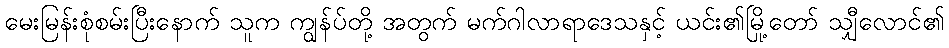
မေးမြန်းစုံစမ်းပြီးနောက် သူက ကျွန်ပ်တို့ အတွက် မက်ဂါလာရာဒေသနှင့် ယင်း၏မြို့တော် သျှီလောင်၏